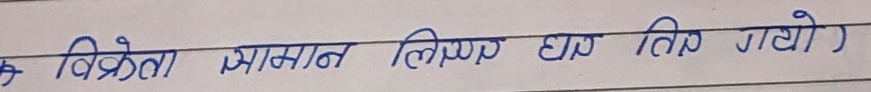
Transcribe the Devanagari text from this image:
विक्रेता समान लिएर घर तिर गयो)